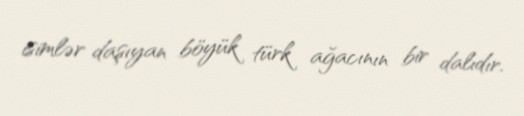
isimlər daşıyan böyük türk ağacının bir dalıdır.